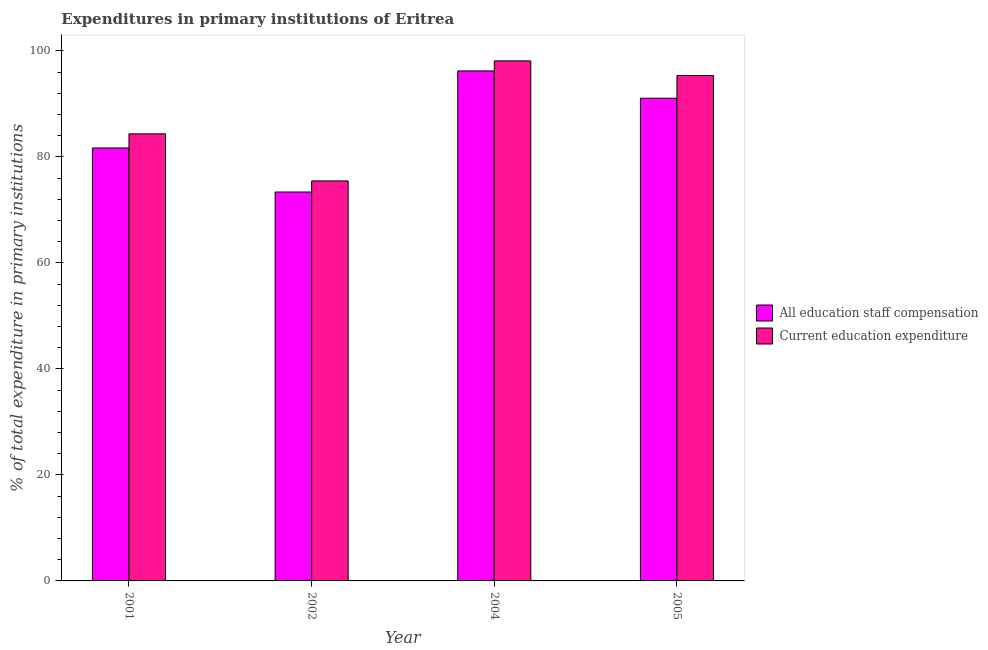
| Year | All education staff compensation | Current education expenditure |
 | --- | --- | --- |
 | 2001 | 81.7 | 84.3 |
 | 2002 | 73.4 | 75.5 |
 | 2004 | 96.2 | 98.1 |
 | 2005 | 91.1 | 95.3 |